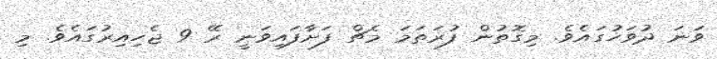
ވަނަ ދުވަހުގައެވެ. މިގޮތުން ފުރަތަމަ މެޗް ފަށާފައިވަނީ ރޭ 9 ޖެހިއިރުގައެވެ. މި